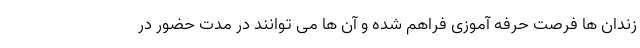
زندان ها فرصت حرفه آموزی فراهم شده و آن ها می توانند در مدت حضور در